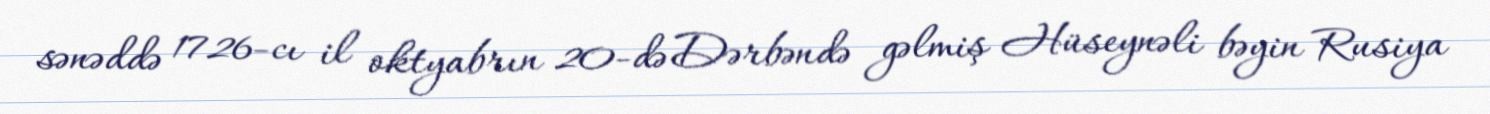
sənəddə 1726-cı il oktyabrın 20-də Dərbəndə gəlmiş Hüseynəli bəyin Rusiya